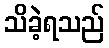
သိခဲ့ရသည်